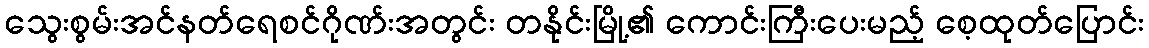
သွေးစွမ်းအင်နတ်ရေစင်ဂိုဏ်းအတွင်း တနိုင်းမြို့၏ ကောင်းကြီးပေးမည့် စေ့ထုတ်ပြောင်း